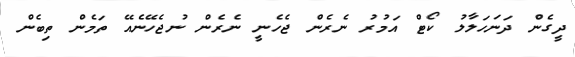
ދީގެން ދަނަހަލާލު ކޯޓް އަމުރު ނެރެން ޖެހެނީ ނެރެން ނުޖެހޭނެއޭ ތަމެން ތިބެން